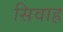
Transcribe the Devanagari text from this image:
सिवाह